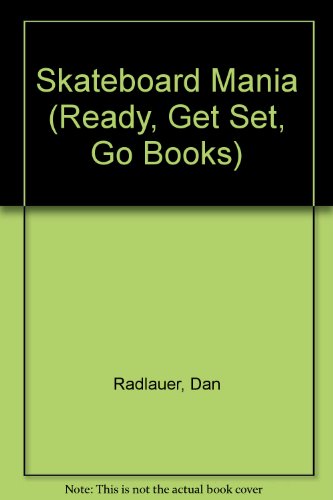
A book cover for Skateboard Mania (Ready, Get Set, Go Books); Dan Radlauer; Sports & Outdoors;